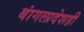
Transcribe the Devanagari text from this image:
बांगलादेशही